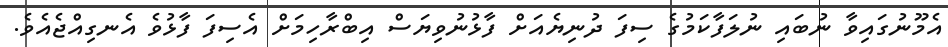
އެމޫނުގައިވާ ނުބައި ނުލަފާކަމުގެ ސިފަ ދުނިޔެއަށް ފާޅުނުވިޔަސް އިބްރާހިމަށް އެސިފަ ފާޅުވެ އެނގިއްޖެއެވެ.